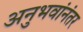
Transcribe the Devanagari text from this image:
अनुभवांनंतर